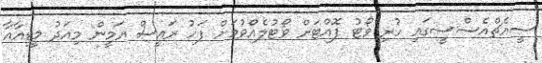
ސީއެޗްއެސްސީގައި ހުރި ވޯޓު ފޮއްޓަށް ވޯޓުލެއްވުމަށް ފަހު ރައީސް ޔަމީން މިއަދު މީޑިއާއާ